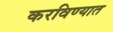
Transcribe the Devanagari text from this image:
करविण्यात